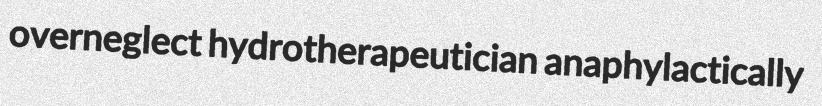
overneglect hydrotherapeutician anaphylactically